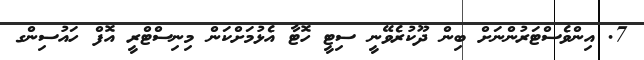
7. އިންވެސްޓަރުންނަށް ބިން ދޫކުރެވޭނީ ސިޓީ ހޮޓާ އެޅުމަށްކަން މިނިސްޓްރީ އޮފް ހައުސިންގ